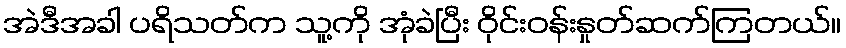
အဲဒီအခါ ပရိသတ်က သူ့ကို အုံခဲပြီး ဝိုင်းဝန်းနှုတ်ဆက်ကြတယ်။